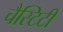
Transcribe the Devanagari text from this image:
चैस्टिटी